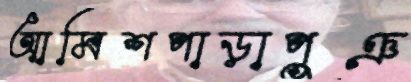
আমিশপাড়াপুঞ